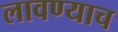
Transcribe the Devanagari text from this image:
लावण्याच